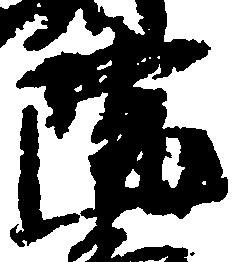
院